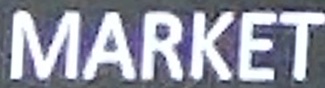
MARKET